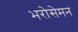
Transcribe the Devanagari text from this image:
भरोसेमन